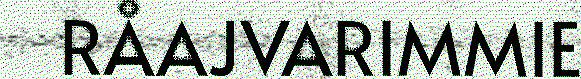
RÅAJVARIMMIE